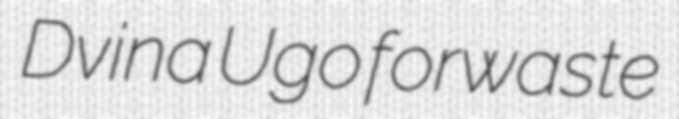
Dvina Ugo forwaste